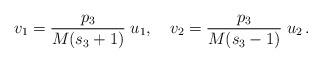
LaTeX: \begin{align*}v_1 = {p_3\over M(s_3+1)}\;u_1, \quad v_2 = {p_3\over M(s_3-1)}\;u_2\,.\end{align*}